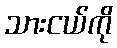
သားငယ်ကို